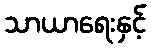
သာယာရေးနှင့်